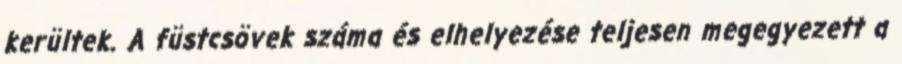
kerültek. A füstcsövek száma és elhelyezése teljesen megegyezett a